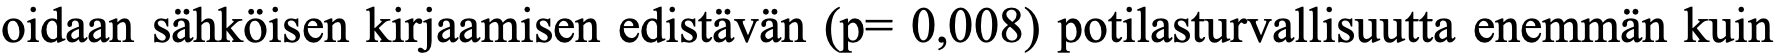
oidaan sähköisen kirjaamisen edistävän (p= 0,008) potilasturvallisuutta enemmän kuin